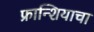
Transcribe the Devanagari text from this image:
फ्रान्शियाचा